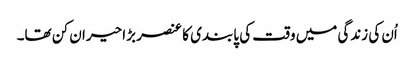
اُن کی زندگی میں وقت کی پابندی کا عنصر بڑا حیران کن تھا۔